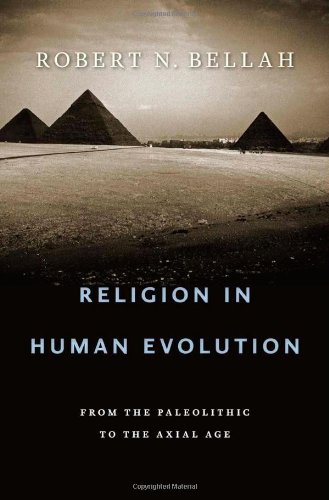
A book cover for Religion in Human Evolution: From the Paleolithic to the Axial Age; Robert N. Bellah; Science & Math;